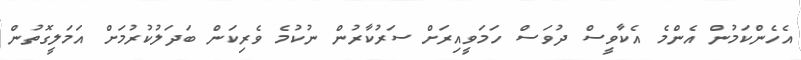
އެހެންކަމުން އެންމެ އެކާވީސް ދުވަސް ހަމަވީއިރަށް ސަރުކާރުން ނުކުމެ ވެރިކަން ބަދަލުކުރުމަށް އަމަލީގޮތުން